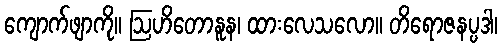
ကျောက်ဖျာကို။ ဩဟိတောနူန၊ ထားလေသလော။ တိရောဇနပ္ပဒါ၊